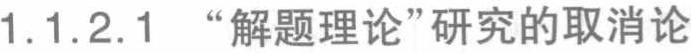
1.1.2.1 “解题理论”研究的取消论